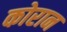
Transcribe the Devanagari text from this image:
कोरान